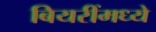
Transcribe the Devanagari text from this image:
बियरींमध्ये